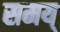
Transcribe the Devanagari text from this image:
समय्